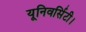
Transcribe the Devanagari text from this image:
यूनिवर्सिटी।